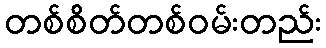
တစ်စိတ်တစ်ဝမ်းတည်း